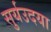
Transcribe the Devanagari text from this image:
सुर्यउदया